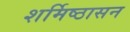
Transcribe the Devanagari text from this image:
शर्मिष्ठासन